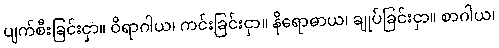
ပျက်စီးခြင်းငှာ။ ဝိရာဂါယ၊ ကင်းခြင်းငှာ။ နိရောဓာယ၊ ချုပ်ခြင်းငှာ။ စာဂါယ၊